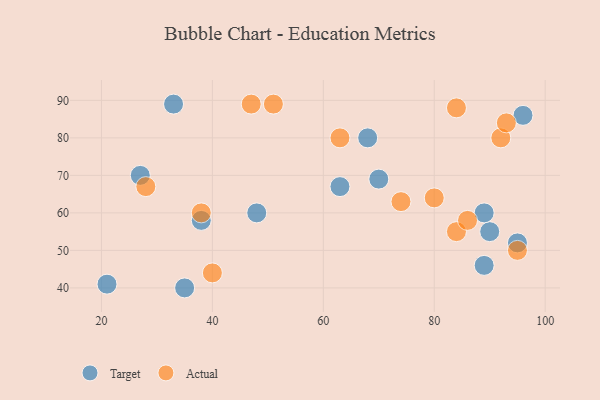
{"axis": {"x": "GDP", "y": "Life Expectancy"}, "legend": ["Actual", "Target"], "data": [{"x": "96", "y": 86, "type": "Target"}, {"x": "48", "y": 60, "type": "Target"}, {"x": "27", "y": 70, "type": "Target"}, {"x": "21", "y": 41, "type": "Target"}, {"x": "63", "y": 67, "type": "Target"}, {"x": "68", "y": 80, "type": "Target"}, {"x": "70", "y": 69, "type": "Target"}, {"x": "38", "y": 58, "type": "Target"}, {"x": "33", "y": 89, "type": "Target"}, {"x": "90", "y": 55, "type": "Target"}, {"x": "89", "y": 60, "type": "Target"}, {"x": "89", "y": 46, "type": "Target"}, {"x": "35", "y": 40, "type": "Target"}, {"x": "95", "y": 52, "type": "Target"}, {"x": "40", "y": 44, "type": "Actual"}, {"x": "84", "y": 55, "type": "Actual"}, {"x": "28", "y": 67, "type": "Actual"}, {"x": "92", "y": 80, "type": "Actual"}, {"x": "93", "y": 84, "type": "Actual"}, {"x": "95", "y": 50, "type": "Actual"}, {"x": "80", "y": 64, "type": "Actual"}, {"x": "38", "y": 60, "type": "Actual"}, {"x": "74", "y": 63, "type": "Actual"}, {"x": "86", "y": 58, "type": "Actual"}, {"x": "63", "y": 80, "type": "Actual"}, {"x": "51", "y": 89, "type": "Actual"}, {"x": "47", "y": 89, "type": "Actual"}, {"x": "84", "y": 88, "type": "Actual"}]}